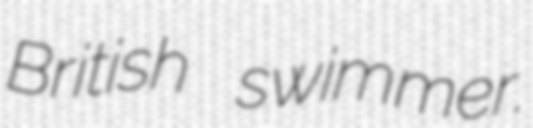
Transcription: British swimmer.